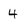
Character: 4